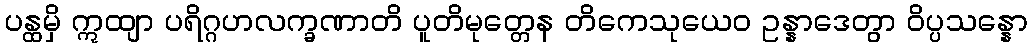
ပန္ထမှိ ဣထျာ ပရိဂ္ဂဟလက္ခဏာတိ ပူတိမုတ္တေန တိကေသုယေဝ ဥန္နာဒေတွာ ဝိပ္ပသန္နော